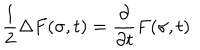
LaTeX: \frac { 1 } { 2 } \Delta F ( \sigma , t ) = \frac { \partial } { \partial t } F ( \sigma , t )